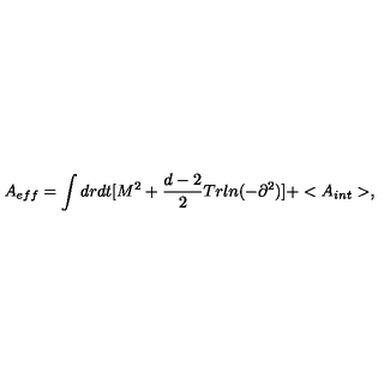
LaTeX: A _ { e f f } = \int d r d t [ M ^ { 2 } + \frac { d - 2 } { 2 } T r l n ( - \partial ^ { 2 } ) ] + < A _ { i n t } > ,